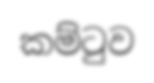
කම්ටුව